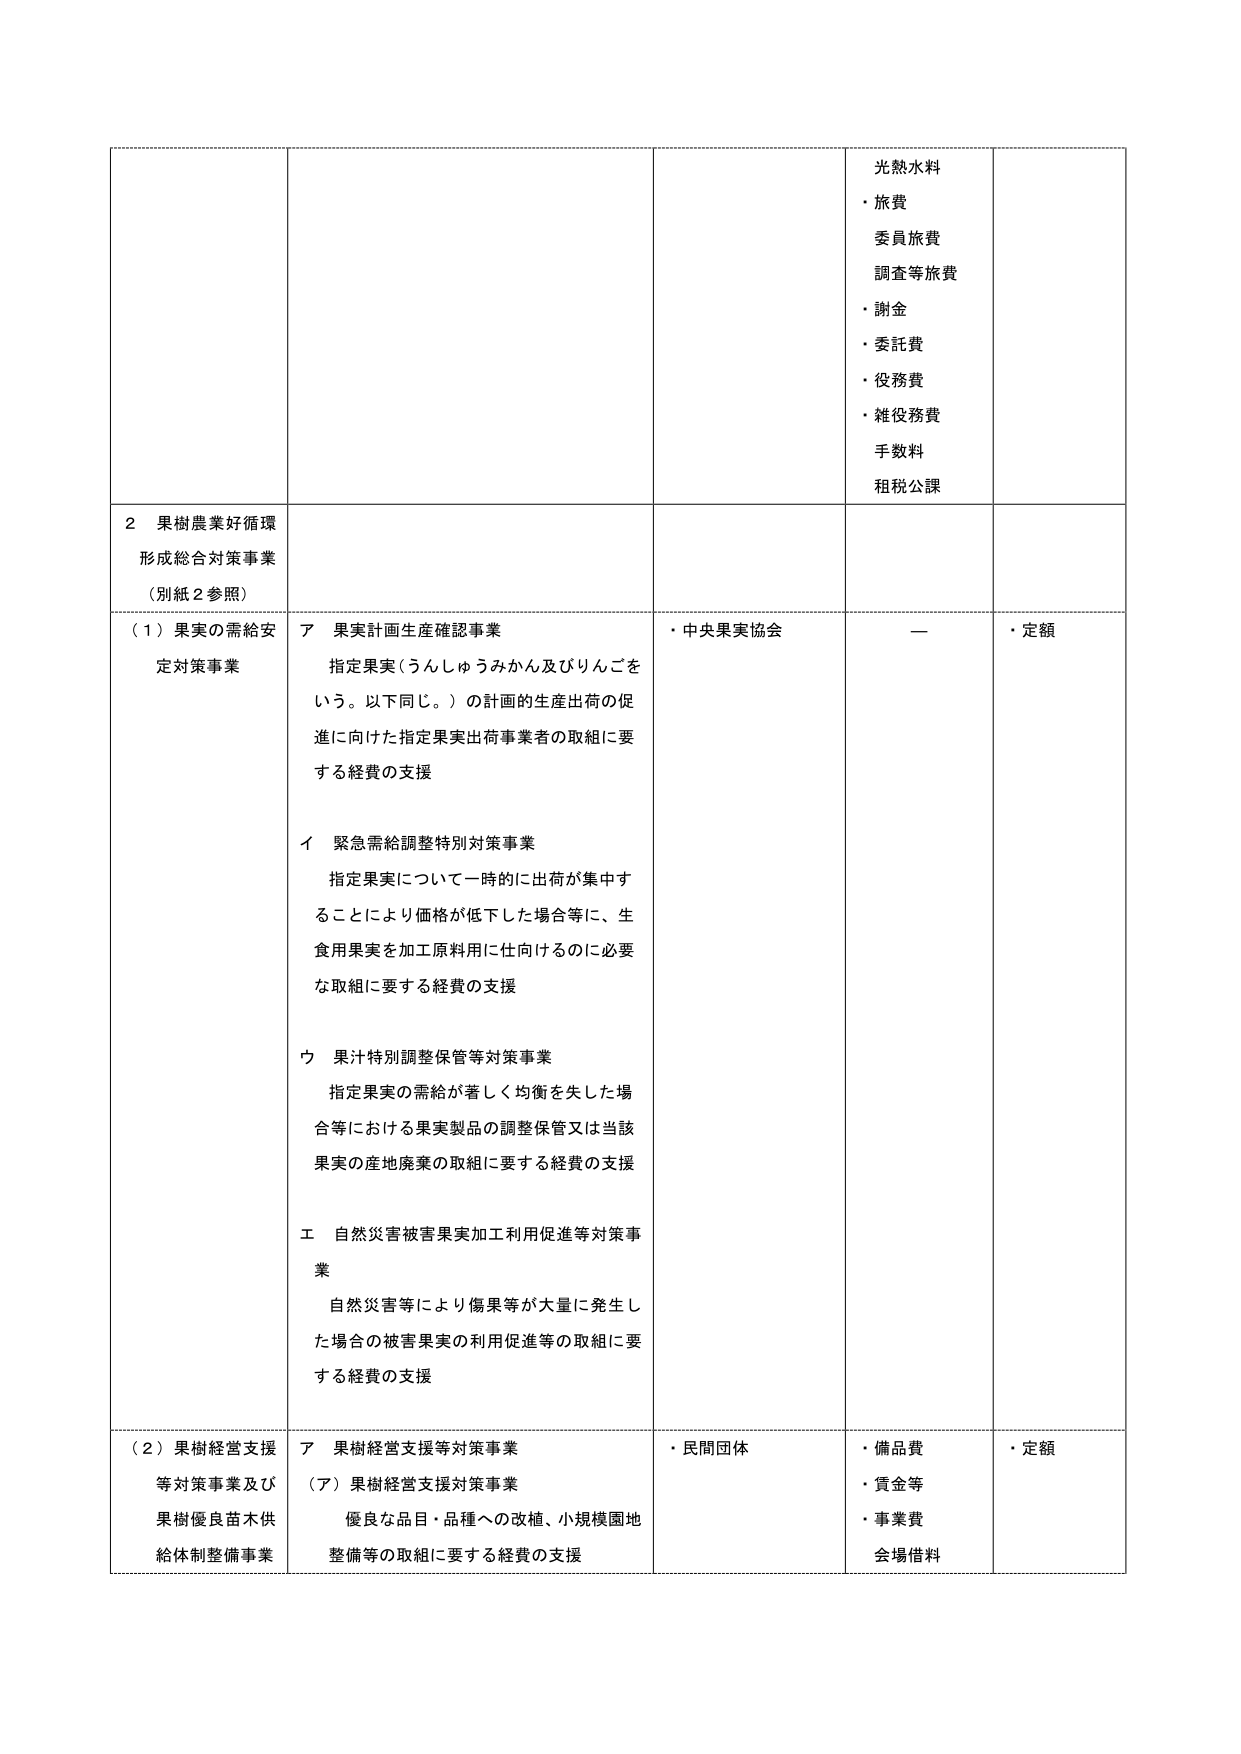
光熱水料
・旅費
委員旅費
調査等旅費
・謝金
・委託費
・役務費
・雑役務費
手数料
租税公課

2 果樹農業好循環
形成総合対策事業
（別紙2参照）

（1）果実の需給安定対策事業
ア 果実計画生産確認事業
　指定果実（うんしゅうみかん及びりんごをいう。以下同じ。）の計画的生産出荷の促進に向けた指定果実出荷事業者の取組に要する経費の支援

イ 緊急需給調整特別対策事業
　指定果実について一時的に出荷が集中することにより価格が低下した場合等に、生食用果実を加工原料用に仕向けるのに必要な取組に要する経費の支援

ウ 果汁特別調整保管等対策事業
　指定果実の需給が著しく均衡を失した場合等における果実製品の調整保管又は当該果実の産地廃棄の取組に要する経費の支援

エ 自然災害被害果実加工利用促進等対策事業
　自然災害等により傷果等が大量に発生した場合の被害果実の利用促進等の取組に要する経費の支援

（2）果樹経営支援等対策事業及び果樹優良苗木供給体制整備事業
ア 果樹経営支援等対策事業
（ア）果樹経営支援対策事業
　優良な品目・品種への改植、小規模園地整備等の取組に要する経費の支援

・中央果実協会
　ー
・定額

・民間団体
・備品費
・賃金等
・事業費
会場借料
・定額